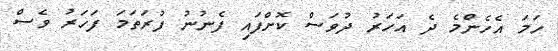
ހަމަ އެހެންމެ ދެ އަހަރު ދުވަސް ކޮށްފައި ފެނުނު ފުރަތަމަ ފަހަރު ވެސް